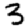
Digit: 3